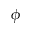
\phi